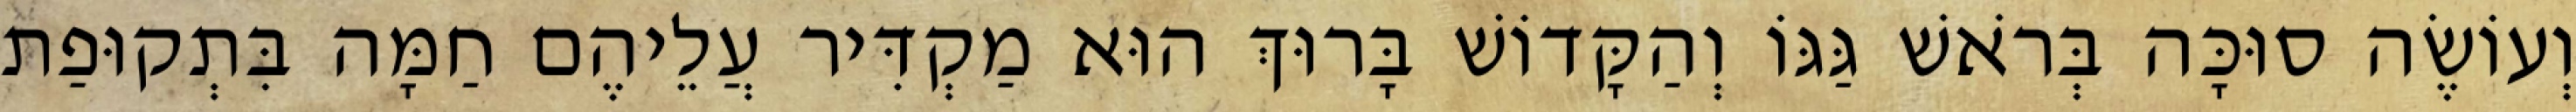
וְעוֹשֶׂה סוּכָּה בְּרֹאשׁ גַּגּוֹ וְהַקָּדוֹשׁ בָּרוּךְ הוּא מַקְדִּיר עֲלֵיהֶם חַמָּה בִּתְקוּפַת